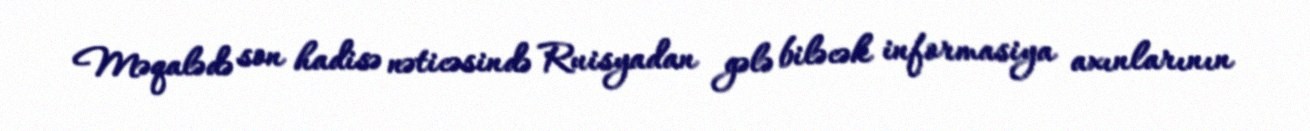
Məqalədə son hadisə nəticəsində Ruisyadan gələ biləcək informasiya axınlarının